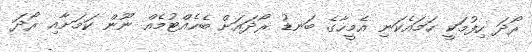
ރޯދަ ހިފުމަކީ ހަމައެކަނި އެމީހާގެ ބަނޑު ރޯދައަށް ބެހެއްޓުމެއް ނޫން ކަމަށާއި ރޯދަ